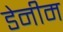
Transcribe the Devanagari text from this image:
डेनीम